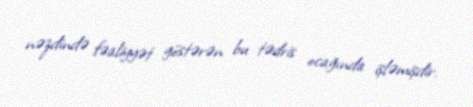
nəzdində fəaliyyət göstərən bu tədris ocağında işləmişdir.